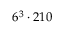
6 ^ { 3 } \cdot 2 1 0